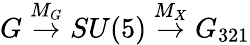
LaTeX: G\stackrel{M_{G}}{\rightarrow}SU(5)\stackrel{M_{X}}{\rightarrow}G_{321}